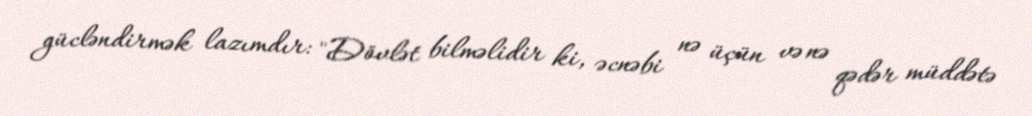
gücləndirmək lazımdır: "Dövlət bilməlidir ki, əcnəbi nə üçün və nə qədər müddətə